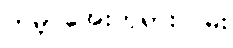
ကမ္ဘာအေးဘုရားလမ်း